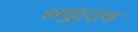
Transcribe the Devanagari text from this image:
समुद्गदारु